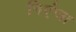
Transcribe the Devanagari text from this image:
निएंजा